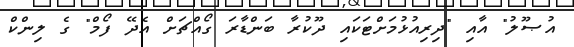
އުޞޫލު" އާއި "ދިރިއުޅުމަށްޓަކައި ދޫކުރާ ބަންޑާރަ ގޯއްޗަށް އެދޭ ފޯމް" ގެ ލިންކް